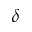
\delta